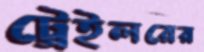
ট্রেইলরের